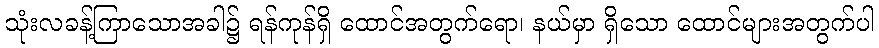
သုံးလခန့်ကြာသောအခါ၌ ရန်ကုန်ရှိ ထောင်အတွက်ရော၊ နယ်မှာ ရှိသော ထောင်များအတွက်ပါ